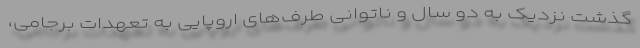
گذشت نزدیک به دو سال و ناتوانی طرف‌های اروپایی به تعهدات برجامی،